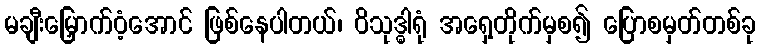
မချီးမြှောက်ဝံ့အောင် ဖြစ်နေပါတယ်၊ ဝိသုဒ္ဓါရုံ အရှေ့တိုက်မှစ၍ ပြောစမှတ်တစ်ခု